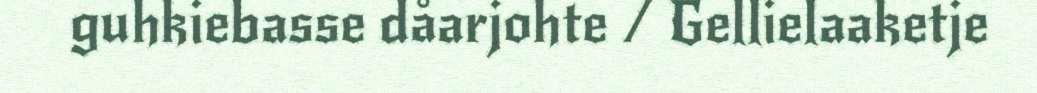
guhkiebasse dåarjohte / Gellielaaketje